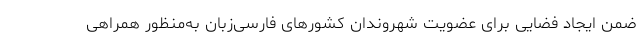
ضمن ایجاد فضایی برای عضویت شهروندان کشورهای فارسی‌زبان به‌منظور همراهی